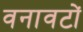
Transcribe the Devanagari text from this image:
वनावटों